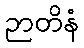
ဉာတိနံ